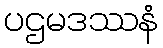
ပဌမဒဿနံ